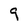
Character: 9